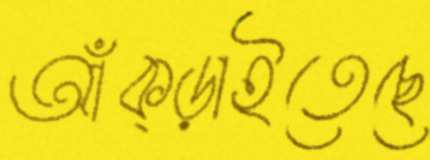
আঁক্‌ড়াইতেছে